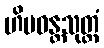
ဟိမဝန္တသုတ္တံ